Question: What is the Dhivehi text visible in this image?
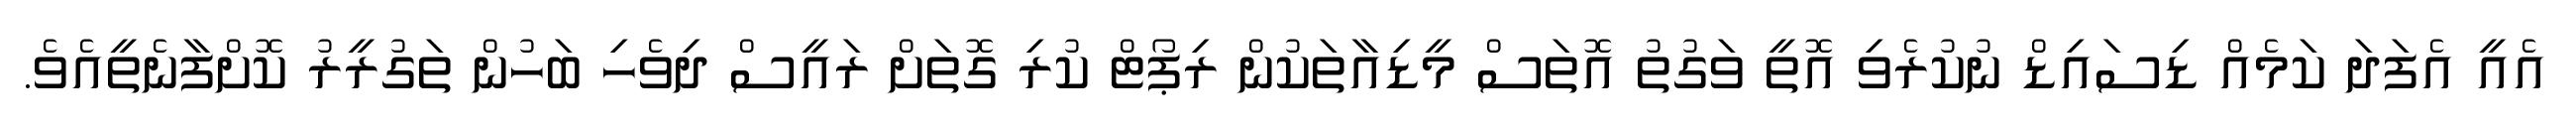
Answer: އެއީ އެފަދަ ކަމެއް ޑިސައިޑް ނުކުރެވި އޮތީ ވަގުތު އޮތަސް މީޑިއާތަކުން ރިޕޯޓް ކުރި ގޮތަށް ރައީސް ދިވެހި ބަހުން ތަގުރީރު ކޮށްފާނެތީއެވެ.